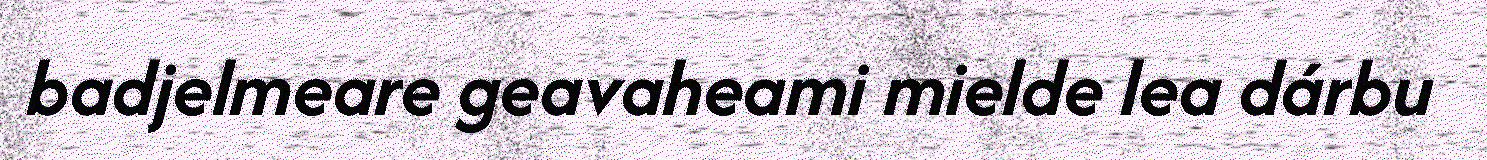
badjelmeare geavaheami mielde lea dárbu